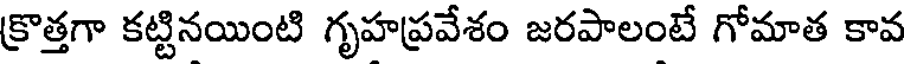
క్రొత్తగా కట్టినయింటి గృహప్రవేశం జరపాలంటే గోమాత కావ